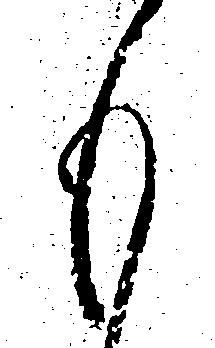
も